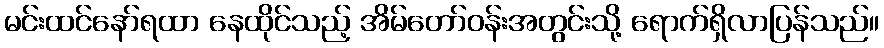
မင်းထင်နော်ရထာ နေထိုင်သည့် အိမ်တော်ဝန်းအတွင်းသို့ ရောက်ရှိလာပြန်သည်။